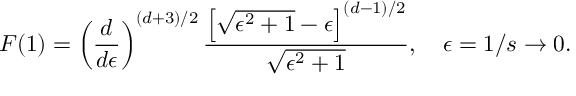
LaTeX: F ( 1 ) = \left( \frac { d } { d \epsilon } \right) ^ { ( d + 3 ) / 2 } { \frac { \left[ \sqrt { \epsilon ^ { 2 } + 1 } - \epsilon \right] ^ { ( d - 1 ) / 2 } } { \sqrt { \epsilon ^ { 2 } + 1 } } } , \quad \epsilon = 1 / s \to 0 .